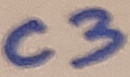
Text: C3